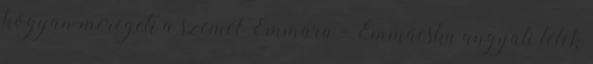
hogyan meregeti a szemét Emmára - Emmácska angyali lélek